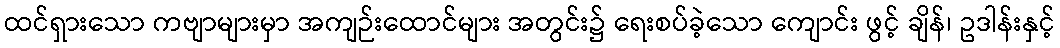
ထင်ရှားသော ကဗျာများမှာ အကျဉ်းထောင်များ အတွင်း၌ ရေးစပ်ခဲ့သော ကျောင်း ဖွင့် ချိန်၊ ဥဒါန်းနှင့်